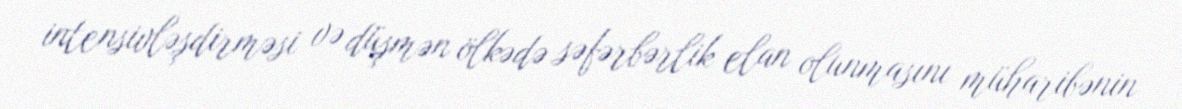
intensivləşdirməsi və düşmən ölkədə səfərbərlik elan olunmasını müharibənin